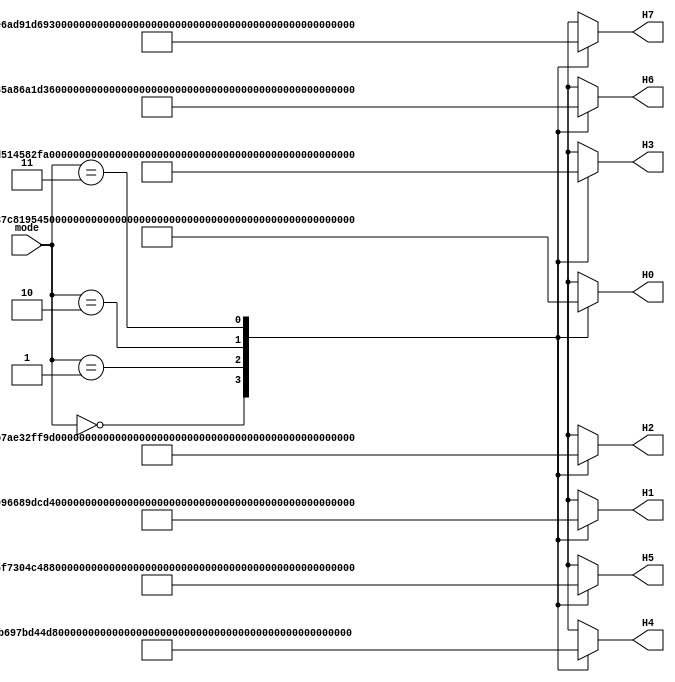
module sha512_h_constants(
                          input wire  [1 : 0]  mode,

                          output wire [63 : 0] H0,
                          output wire [63 : 0] H1,
                          output wire [63 : 0] H2,
                          output wire [63 : 0] H3,
                          output wire [63 : 0] H4,
                          output wire [63 : 0] H5,
                          output wire [63 : 0] H6,
                          output wire [63 : 0] H7
                         );

  //----------------------------------------------------------------
  // Wires.
  //----------------------------------------------------------------
  reg [63 : 0] tmp_H0;
  reg [63 : 0] tmp_H1;
  reg [63 : 0] tmp_H2;
  reg [63 : 0] tmp_H3;
  reg [63 : 0] tmp_H4;
  reg [63 : 0] tmp_H5;
  reg [63 : 0] tmp_H6;
  reg [63 : 0] tmp_H7;


  //----------------------------------------------------------------
  // Concurrent connectivity for ports etc.
  //----------------------------------------------------------------
  assign H0 = tmp_H0;
  assign H1 = tmp_H1;
  assign H2 = tmp_H2;
  assign H3 = tmp_H3;
  assign H4 = tmp_H4;
  assign H5 = tmp_H5;
  assign H6 = tmp_H6;
  assign H7 = tmp_H7;


  //----------------------------------------------------------------
  // mode_mux
  //
  // Based on the given mode, the correct H constants are selected.
  //----------------------------------------------------------------
  always @*
    begin : mode_mux
      case(mode)
        0:
          begin
            // SHA-512/224
            tmp_H0 = 64'h8c3d37c819544da2;
            tmp_H1 = 64'h73e1996689dcd4d6;
            tmp_H2 = 64'h1dfab7ae32ff9c82;
            tmp_H3 = 64'h679dd514582f9fcf;
            tmp_H4 = 64'h0f6d2b697bd44da8;
            tmp_H5 = 64'h77e36f7304c48942;
            tmp_H6 = 64'h3f9d85a86a1d36c8;
            tmp_H7 = 64'h1112e6ad91d692a1;
          end

        1:
          begin
            // SHA-512/256
            tmp_H0 = 64'h22312194fc2bf72c;
            tmp_H1 = 64'h9f555fa3c84c64c2;
            tmp_H2 = 64'h2393b86b6f53b151;
            tmp_H3 = 64'h963877195940eabd;
            tmp_H4 = 64'h96283ee2a88effe3;
            tmp_H5 = 64'hbe5e1e2553863992;
            tmp_H6 = 64'h2b0199fc2c85b8aa;
            tmp_H7 = 64'h0eb72ddc81c52ca2;
          end

        2:
          begin
            // SHA-384
            tmp_H0 = 64'hcbbb9d5dc1059ed8;
            tmp_H1 = 64'h629a292a367cd507;
            tmp_H2 = 64'h9159015a3070dd17;
            tmp_H3 = 64'h152fecd8f70e5939;
            tmp_H4 = 64'h67332667ffc00b31;
            tmp_H5 = 64'h8eb44a8768581511;
            tmp_H6 = 64'hdb0c2e0d64f98fa7;
            tmp_H7 = 64'h47b5481dbefa4fa4;
          end

        3:
          begin
            // SHA-512
            tmp_H0 = 64'h6a09e667f3bcc908;
            tmp_H1 = 64'hbb67ae8584caa73b;
            tmp_H2 = 64'h3c6ef372fe94f82b;
            tmp_H3 = 64'ha54ff53a5f1d36f1;
            tmp_H4 = 64'h510e527fade682d1;
            tmp_H5 = 64'h9b05688c2b3e6c1f;
            tmp_H6 = 64'h1f83d9abfb41bd6b;
            tmp_H7 = 64'h5be0cd19137e2179;
          end
      endcase // case (addr)
    end // block: mode_mux
endmodule